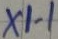
Text: X1-1